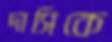
দাসিকে